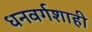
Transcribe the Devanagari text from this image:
धनवर्गशाही